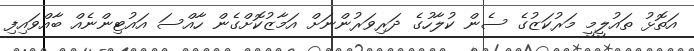
އަތޮޅު ތައުލީމީ މަރުކަޒުގެ ސެން ކުލާހުގެ ދަރިވަރުންނަށް އަމާޒުކޮށްގެން ހާއްސަ އައުޓިންނެއް ބާއްވައިފި